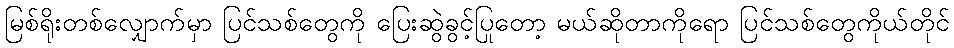
မြစ်ရိုးတစ်လျှောက်မှာ ပြင်သစ်တွေကို ပြေးဆွဲခွင့်ပြုတော့ မယ်ဆိုတာကိုရော ပြင်သစ်တွေကိုယ်တိုင်